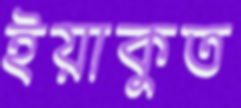
ইয়াকুত